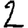
Digit: 2